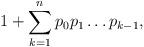
LaTeX: \begin{align*}1 + \sum_{k=1}^{n}p_0p_1\dots p_{k-1} , \end{align*}